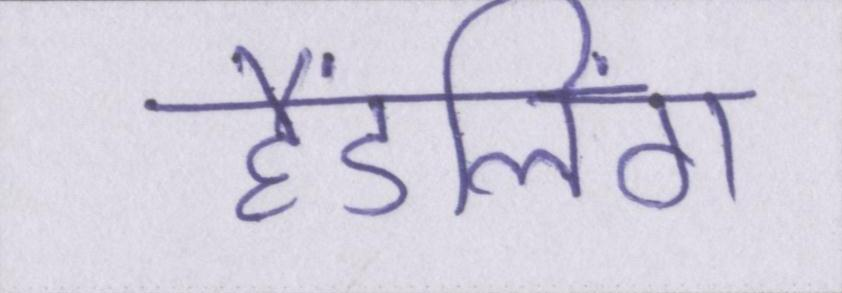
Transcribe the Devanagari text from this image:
हैंडलिंग